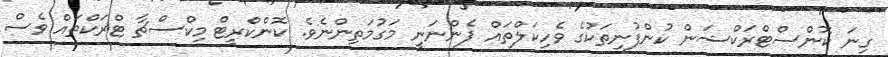
ގިނަ ކޮންސްޓްރަކްޝަން ކުންފުނިތަކުގެ ވެހިކަލްތައް ފެންނަނީ މަގުމަތިންނެވެ. ކޮންކްރީޓް މިކްސްޗާ ޓްރަކްތައް ވެސް